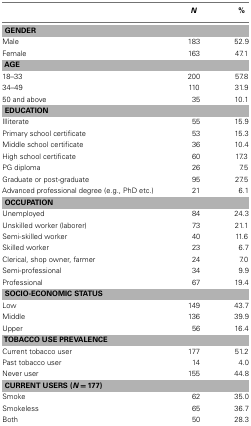
|  | N | % |
 | --- | --- | --- |
 | <COLSPAN=3> GENDER |
 | Male | 183 | 52.9 |
 | Female | 163 | 47.1 |
 | <COLSPAN=3> AGE |
 | 18–33 | 200 | 57.8 |
 | 34–49 | 110 | 31.9 |
 | 50 and above | 35 | 10.1 |
 | <COLSPAN=3> EDUCATION |
 | Illiterate | 55 | 15.9 |
 | Primary school certificate | 53 | 15.3 |
 | Middle school certificate | 36 | 10.4 |
 | High school certificate | 60 | 17.3 |
 | PG diploma | 26 | 7.5 |
 | Graduate or post-graduate | 95 | 27.5 |
 | Advanced professional degree (e.g., PhD etc.) | 21 | 6.1 |
 | <COLSPAN=3> OCCUPATION |
 | Unemployed | 84 | 24.3 |
 | Unskilled worker (laborer) | 73 | 21.1 |
 | Semi-skilled worker | 40 | 11.6 |
 | Skilled worker | 23 | 6.7 |
 | Clerical, shop owner, farmer | 24 | 7.0 |
 | Semi-professional | 34 | 9.9 |
 | Professional | 67 | 19.4 |
 | <COLSPAN=3> SOCIO-ECONOMIC STATUS |
 | Low | 149 | 43.7 |
 | Middle | 136 | 39.9 |
 | Upper | 56 | 16.4 |
 | <COLSPAN=3> TOBACCO USE PREVALENCE |
 | Current tobacco user | 177 | 51.2 |
 | Past tobacco user | 14 | 4.0 |
 | Never user | 155 | 44.8 |
 | <COLSPAN=3> CURRENT USERS (N = 177) |
 | Smoke | 62 | 35.0 |
 | Smokeless | 65 | 36.7 |
 | Both | 50 | 28.3 |